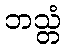
ဘသ္တံ